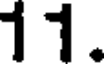
11.